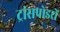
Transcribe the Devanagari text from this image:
ट्रांसपोडरों